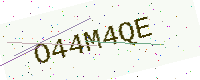
Text: O44M4QE